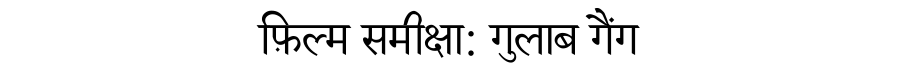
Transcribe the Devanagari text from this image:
फ़िल्म समीक्षा: गुलाब गैंग